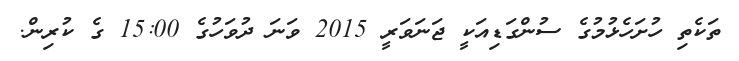
ތަކެތި ހުށަހެޅުމުގެ ސުންގަޑިއަކީ ޖަނަވަރީ 2015 ވަނަ ދުވަހުގެ 15:00 ގެ ކުރިން.